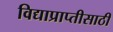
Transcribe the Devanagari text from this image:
विद्याप्राप्तीसाठी